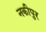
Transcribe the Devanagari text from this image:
नकीपुर